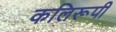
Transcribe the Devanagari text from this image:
कलिरूपी